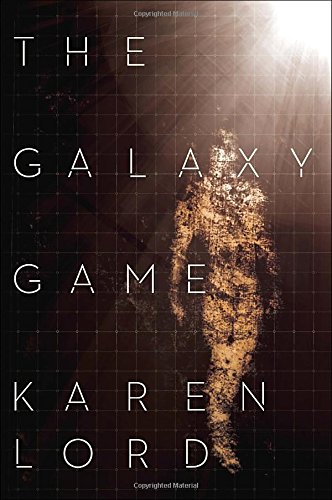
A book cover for The Galaxy Game; Karen Lord; Science Fiction & Fantasy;